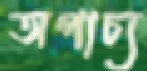
অপাচ্য